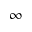
\infty